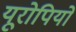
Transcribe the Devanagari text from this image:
यूरोपियो